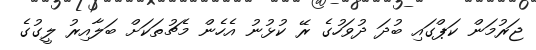
ޖަރުމަން ކަޕްގައި ބުދަ ދުވަހުގެ ރޭ ކުޅުނު އެހެން މެޗުތަކަށް ބަލާއިރު ލީގުގެ